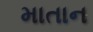
માતાન